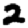
Digit: 2